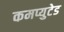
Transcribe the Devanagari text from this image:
कमप्युटेड